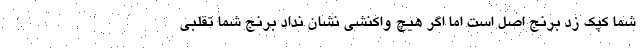
شما کپک زد برنج اصل است اما اگر هیچ واکنشی نشان نداد برنج شما تقلبی